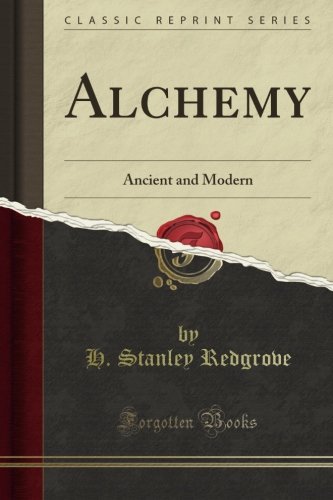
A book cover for Alchemy: Ancient and Modern (Classic Reprint); H. Stanley Redgrove; Religion & Spirituality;